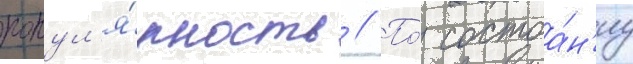
попул'я́рность // По́ состоа́н'иу